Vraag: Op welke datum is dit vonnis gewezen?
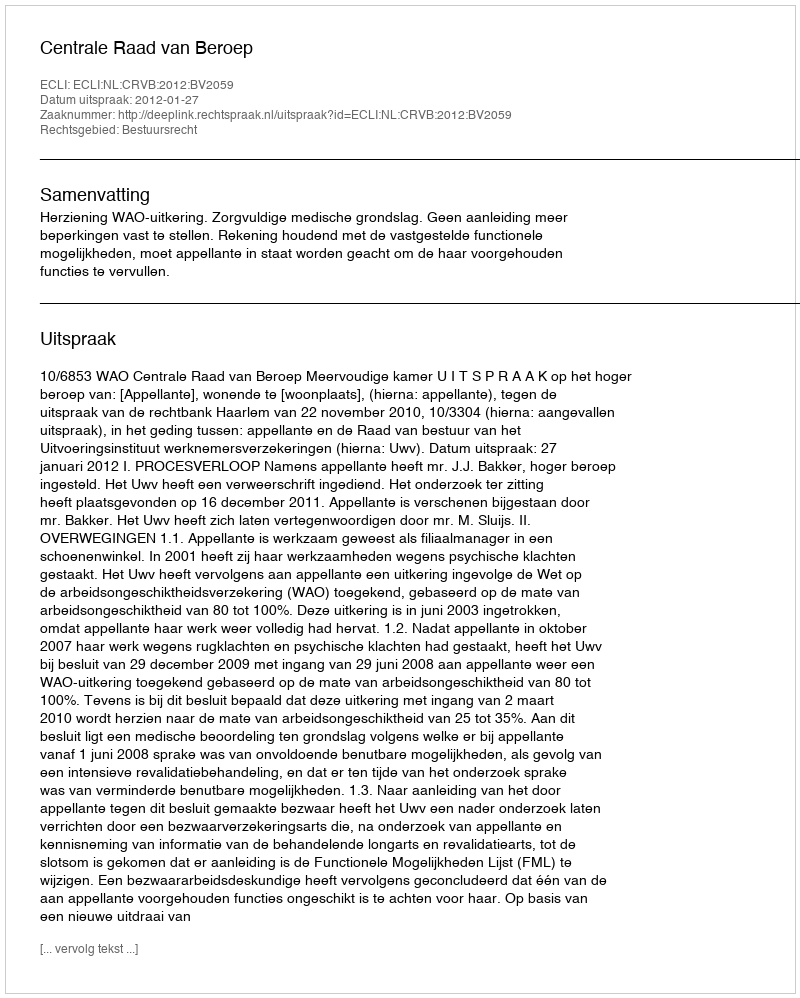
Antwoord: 2012-01-27